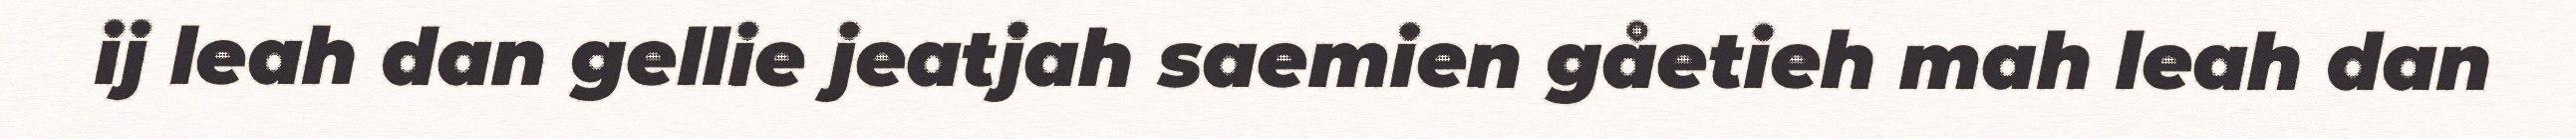
ij leah dan gellie jeatjah saemien gåetieh mah leah dan